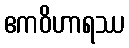
ဧကဝိဟာရဿ